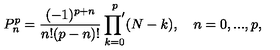
P _ { n } ^ { p } = \frac { ( - 1 ) ^ { p + n } } { n ! ( p - n ) ! } \mathop { { \prod } ^ { \prime } } _ { k = 0 } ^ { p } ( N - k ) , \quad n = 0 , . . . , p ,